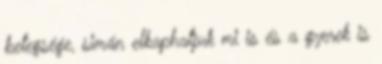
betegsége, simán elkaphatjuk mi is és a gyerek is